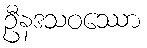
ဦနဒသဝဿော